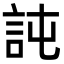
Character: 訰